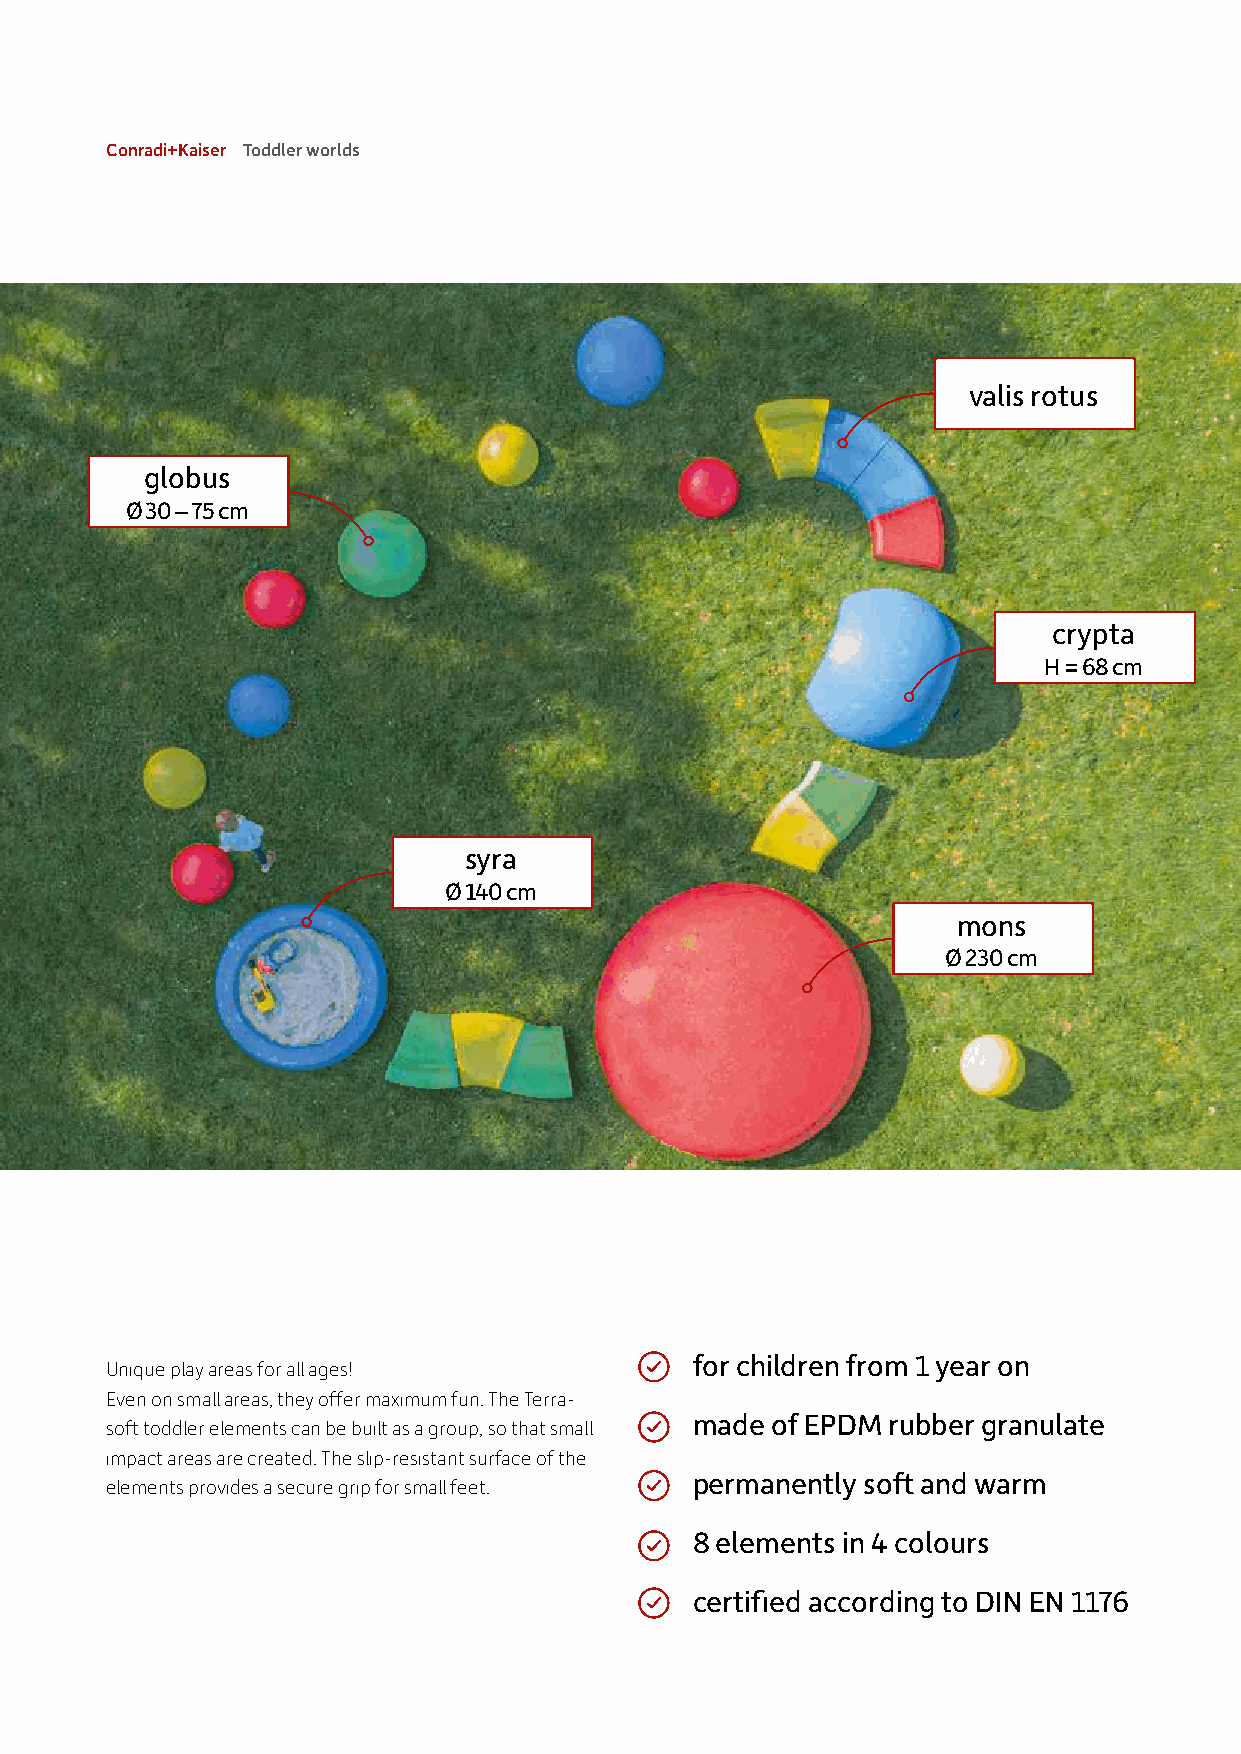
Conradi+Kaiser Toddler worlds
 valis rotus
 globus
 Ø 30 – 75 cm
 crypta
 H = 68 cm
 syra
 Ø 140 cm
 mons
 Ø 230 cm
 for children from 1 year on
 Unique play areas for all ages!
 Even on small areas, they offer maximum fun. The Terra-
 made of EPDM rubber granulate
 soft toddler elements can be built as a group, so that small
 impact areas are created. The slip-resistant surface of the
 permanently soft and warm
 elements provides a secure grip for small feet.
 8 elements in 4 colours
 certified according to DIN EN 1176